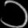
Digit: ၁